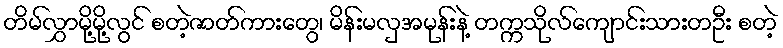
တိမ်လွှာမို့မို့လွင် စတဲ့ဇာတ်ကားတွေ၊ မိန်းမလှအမုန်းနဲ့ တက္ကသိုလ်ကျောင်းသားတဦး စတဲ့